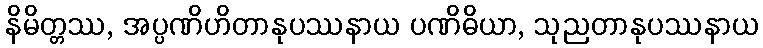
နိမိတ္တဿ, အပ္ပဏိဟိတာနုပဿနာယ ပဏိဓိယာ, သုညတာနုပဿနာယ